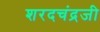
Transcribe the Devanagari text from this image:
शरदचंद्रजी